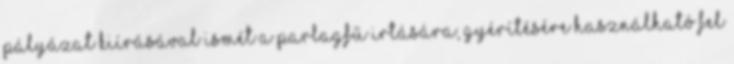
pályázat kiírásával ismét a parlagfű irtására, gyérítésére használható fel